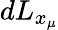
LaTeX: dL_{x_{\mu}}